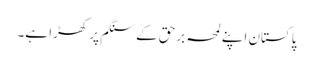
پاکستان اپنے لمحہ برحق کے سنگم پر کھڑا ہے۔